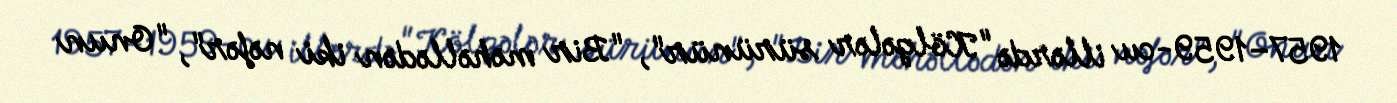
1957–1959-cu illərdə "Kölgələr sürünür", "Bir məhəllədən iki nəfər", "Onun